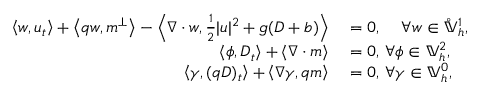
\begin{array} { r l } { \left\langle w , u _ { t } \right\rangle + \left\langle q w , m ^ { \perp } \right\rangle - \left\langle \nabla \cdot w , \frac { 1 } { 2 } | u | ^ { 2 } + g ( D + b ) \right\rangle } & { { } = 0 , \, \quad \forall w \in \mathring { \mathbb { V } } _ { h } ^ { 1 } , } \\ { \left\langle \phi , D _ { t } \right\rangle + \left\langle \nabla \cdot m \right\rangle } & { { } = 0 , \, \forall \phi \in \mathbb { V } _ { h } ^ { 2 } , } \\ { \left\langle \gamma , ( q D ) _ { t } \right\rangle + \left\langle \nabla \gamma , q m \right\rangle } & { { } = 0 , \, \forall \gamma \in \mathbb { V } _ { h } ^ { 0 } , } \end{array}